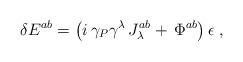
LaTeX: \begin{align*}\delta E^{ab}=\left( i\,\gamma _P\gamma ^\lambda \,J_\lambda^{ab}+\,\Phi ^{ab}\right) \epsilon \;,\end{align*}